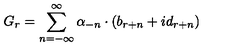
G _ { r } = \sum _ { n = - \infty } ^ { \infty } \alpha _ { - n } \cdot ( b _ { r + n } + i d _ { r + n } )